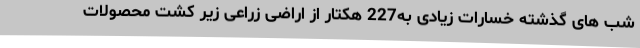
شب های گذشته خسارات زیادی به227 هکتار از اراضی زراعی زیر کشت محصولات